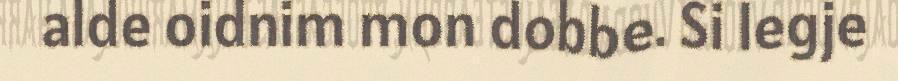
alde oidnim mon dobbe. Si legje